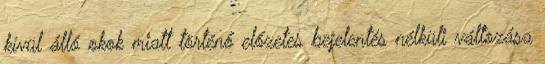
kívül álló okok miatt történő előzetes bejelentés nélküli változása